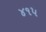
૪૧૫